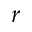
r